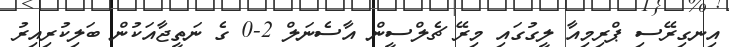
އިނގިރޭސި ޕްރިމިއާ ލީގުގައި މިރޭ ޗެލްސީން އާސެނަލް 2-0 ގެ ނަތީޖާއަކުން ބަލިކުރިއިރު